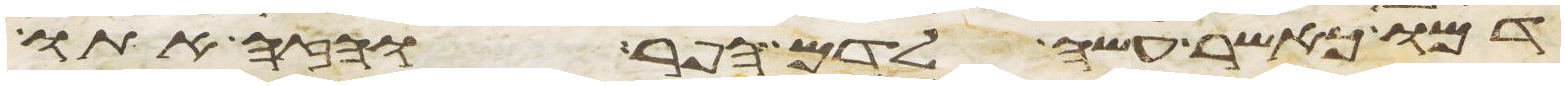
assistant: דמו כאשר עשה לדם הפר והזה אתו